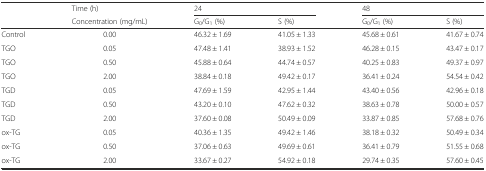
| <ROWSPAN=2>  | Time (h) | <COLSPAN=2> 24 | <COLSPAN=2> 48 |
 | Concentration (mg/mL) | G0/G1 (%) | S (%) | G0/G1 (%) | S (%) |
 | --- | --- | --- | --- | --- | --- |
 | Control | 0.00 | 46.32 ± 1.69 | 41.05 ± 1.33 | 45.68 ± 0.61 | 41.67 ± 0.74 |
 | TGO | 0.05 | 47.48 ± 1.41 | 38.93 ± 1.52 | 46.28 ± 0.15 | 43.47 ± 0.17 |
 | TGO | 0.50 | 45.88 ± 0.64 | 44.74 ± 0.57 | 40.25 ± 0.83 | 49.37 ± 0.97 |
 | TGO | 2.00 | 38.84 ± 0.18 | 49.42 ± 0.17 | 36.41 ± 0.24 | 54.54 ± 0.42 |
 | TGD | 0.05 | 47.69 ± 1.59 | 42.95 ± 1.44 | 43.40 ± 0.56 | 42.96 ± 0.18 |
 | TGD | 0.50 | 43.20 ± 0.10 | 47.62 ± 0.32 | 38.63 ± 0.78 | 50.00 ± 0.57 |
 | TGD | 2.00 | 37.60 ± 0.08 | 50.49 ± 0.09 | 33.87 ± 0.85 | 57.68 ± 0.76 |
 | ox-TG | 0.05 | 40.36 ± 1.35 | 49.42 ± 1.46 | 38.18 ± 0.32 | 50.49 ± 0.34 |
 | ox-TG | 0.50 | 37.06 ± 0.63 | 49.69 ± 0.61 | 36.41 ± 0.79 | 51.55 ± 0.68 |
 | ox-TG | 2.00 | 33.67 ± 0.27 | 54.92 ± 0.18 | 29.74 ± 0.35 | 57.60 ± 0.45 |